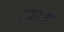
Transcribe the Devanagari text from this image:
नवाकाल